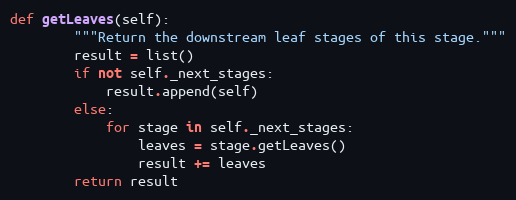
Language: Python
def getLeaves(self):
        """Return the downstream leaf stages of this stage."""
        result = list()
        if not self._next_stages:
            result.append(self)
        else:
            for stage in self._next_stages:
                leaves = stage.getLeaves()
                result += leaves
        return result